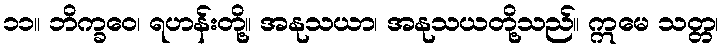
၁၁။ ဘိက္ခဝေ၊ ရဟန်းတို့။ အနုသယာ၊ အနုသယတို့သည်။ ဣမေ သတ္တ၊